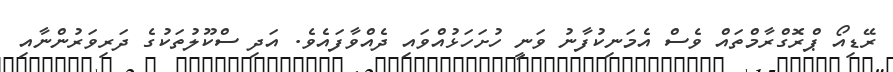
ރޭޑިއޯ ޕްރޮގްރާމްތައް ވެސް އެމަނިކުފާނު ވަނީ ހުށަހަޅުއްވައި ދެއްވާފައެވެ. އަދި ސްކޫލުތަކުގެ ދަރިވަރުންނާއި